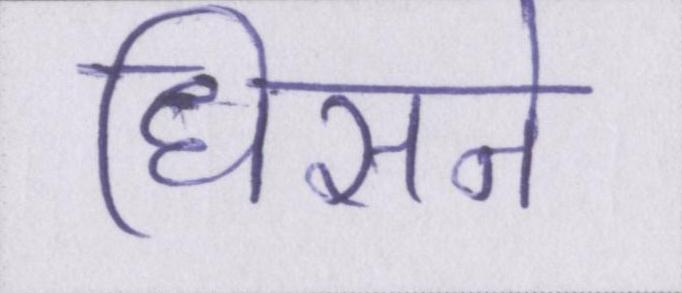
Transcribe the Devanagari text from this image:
धिसने